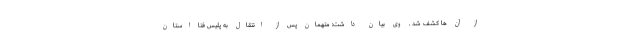
از آن ها کشف شد . وی بیان داشت: متهمان پس از انتقال به پلیس فتا استان